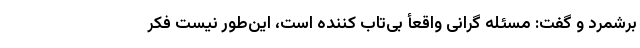
برشمرد و گفت: مسئله گرانی واقعأ بی‌تاب کننده است، این‌طور نیست فکر